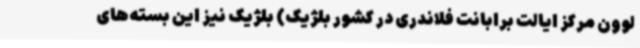
لوون مرکز ایالت برابانت فلاندری در کشور بلژیک) بلژیک نیز این بسته‌های